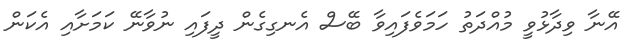
އޭނާ ވިދާޅުވީ މުއްދަތު ހަމަވެފައިވާ ބޭސް އެނގިގެން ދީފައި ނުވާނޭ ކަމަށާއި އެކަން